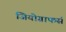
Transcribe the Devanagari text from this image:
जियोग्राफर्स